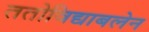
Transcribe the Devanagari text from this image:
ततोविद्याबलेन